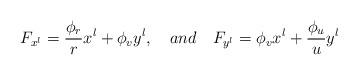
LaTeX: \begin{align*}F_{x^l}=\frac{\phi_r}{r} x^l+\phi_v y^l, \ \ \ and \ \ \ F_{y^l}=\phi_v x^l+\frac{\phi_u}{u}y^l\end{align*}